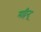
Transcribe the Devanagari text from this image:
महिन्द्र